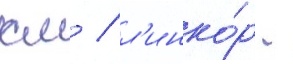
км / л'инко́р -